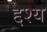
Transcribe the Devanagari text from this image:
द्दश्य